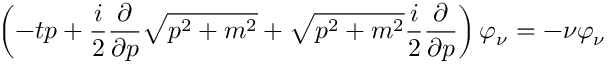
\left( - t p + \frac { i } { 2 } \frac { \partial } { \partial p } \sqrt { p ^ { 2 } + m ^ { 2 } } + \sqrt { p ^ { 2 } + m ^ { 2 } } \frac { i } { 2 } \frac { \partial } { \partial p } \right) \varphi _ { \nu } = - \nu \varphi _ { \nu }